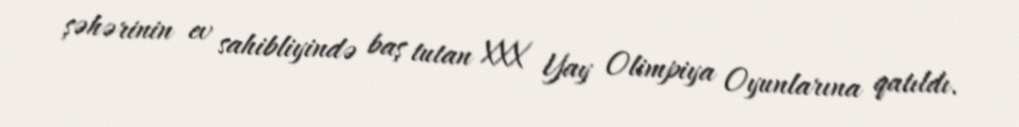
şəhərinin ev sahibliyində baş tutan XXX Yay Olimpiya Oyunlarına qatıldı.